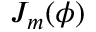
J _ { m } ( \phi )